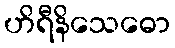
ဟိရီနိသေဓော